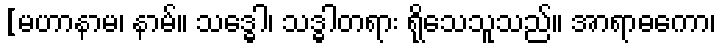
[မဟာနာမ၊ နာမ်။ သဒ္ဓေါ၊ သဒ္ဓါတရား ရိုသေသူသည်။ အာရာဓကော၊